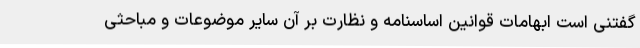
گفتنی است ابهامات قوانین اساسنامه و نظارت بر آن سایر موضوعات و مباحثی